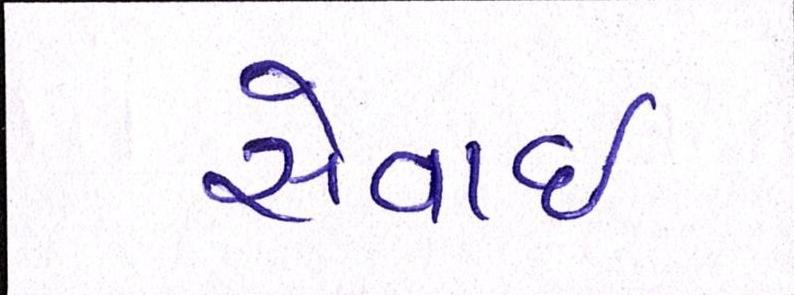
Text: સેવાઇ